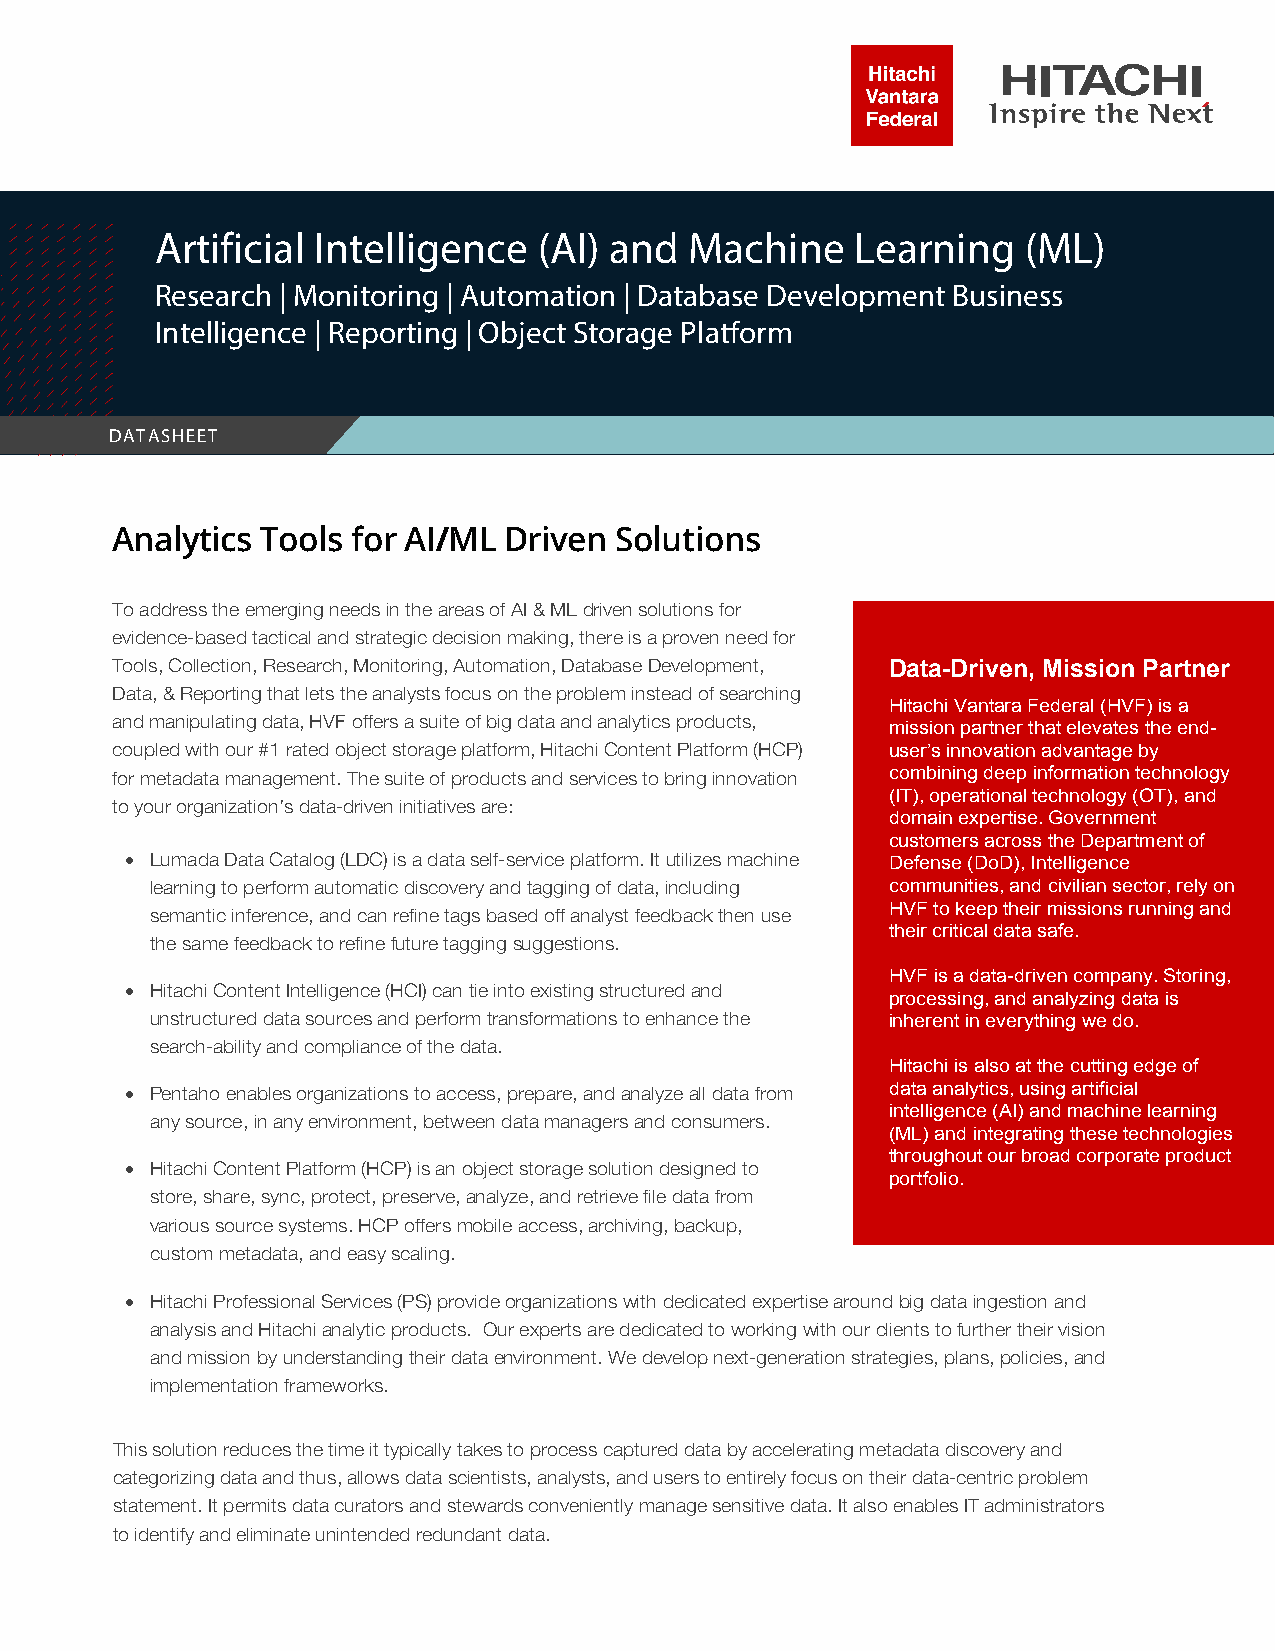
Artificial Intelligence   (AI) and  Machine    Learning   (ML)
 Research | Monitoring | Automation | Database Development Business
 Intelligence | Reporting | Object Storage Platform
 DATASHEET
 Analytics Tools for AI/ML  Driven Solutions
 To address the emerging needs in the areas of AI & ML driven solutions for
 evidence-based tactical and strategic decision making, there is a proven need for
 Tools, Collection, Research, Monitoring, Automation, Database Development, Data-Driven, Mission Partner
 Data, & Reporting that lets the analysts focus on the problem instead of searching
 Hitachi Vantara Federal (HVF) is a
 and manipulating data, HVF offers a suite of big data and analytics products,
 mission partner that elevates the end-
 coupled with our #1 rated object storage platform, Hitachi Content Platform (HCP) user’s innovation advantage by
 for metadata management. The suite of products and services to bring innovation combining deep information technology
 (IT), operational technology (OT), and
 to your organization’s data-driven initiatives are:
 domain expertise. Government
 customers across the Department of
 • Lumada Data Catalog (LDC) is a data self-service platform. It utilizes machine Defense (DoD), Intelligence
 learning to perform automatic discovery and tagging of data, including communities, and civilian sector, rely on
 HVF to keep their missions running and
 semantic inference, and can refine tags based off analyst feedback then use
 their critical data safe.
 the same feedback to refine future tagging suggestions.
 HVF is a data-driven company. Storing,
 • Hitachi Content Intelligence (HCI) can tie into existing structured and
 processing, and analyzing data is
 unstructured data sources and perform transformations to enhance the inherent in everything we do.
 search-ability and compliance of the data.
 Hitachi is also at the cutting edge of
 • Pentaho enables organizations to access, prepare, and analyze all data from data analytics, using artificial
 intelligence (AI) and machine learning
 any source, in any environment, between data managers and consumers.
 (ML)and integrating these technologies
 throughout our broad corporate product
 • Hitachi Content Platform (HCP) is an object storage solution designed to
 portfolio.
 store, share, sync, protect, preserve, analyze, and retrieve file data from
 various source systems. HCP offers mobile access, archiving, backup,
 custom metadata, and easy scaling.
 • Hitachi Professional Services (PS) provide organizations with dedicated expertise around big data ingestion and
 analysis and Hitachi analytic products. Our experts are dedicated to working with our clients to further their vision
 and mission by understanding their data environment. We develop next-generation strategies, plans, policies, and
 implementation frameworks.
 This solution reduces the time it typically takes to process captured data by accelerating metadata discovery and
 categorizing data and thus, allows data scientists, analysts, and users to entirely focus on their data-centric problem
 statement. It permits data curators and stewards conveniently manage sensitive data. It also enables IT administrators
 to identify and eliminate unintended redundant data.